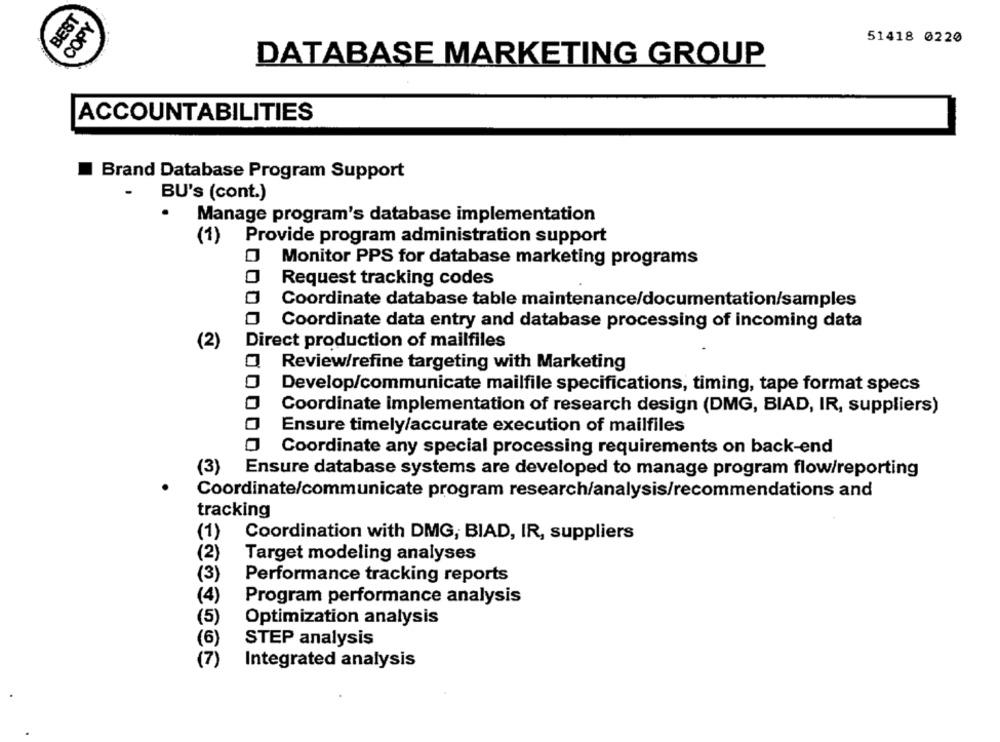
BEST
COPY
51418 0220
DATABASE MARKETING GROUP
ACCOUNTABILITIES
Brand Database Program Support
-
BU's (cont.)
.
Manage program's database implementation
(1)
Provide program administration support
Monitor PPS for database marketing programs
Request tracking codes
Coordinate database table maintenance/documentation/samples
Coordinate data entry and database processing of incoming data
(2)
Direct production of mailfiles
Review/refine targeting with Marketing
Develop/communicate mailfile specifications, timing, tape format specs
Coordinate implementation of research design (DMG, BIAD, IR, suppliers)
Ensure timely/accurate execution of mailfiles
Coordinate any special processing requirements on back-end
(3) Ensure database systems are developed to manage program flow/reporting
Coordinate/communicate program research/analysis/recommendations and
tracking
(1)
Coordination with DMG, BIAD, IR, suppliers
(2)
Target modeling analyses
(3)
Performance tracking reports
(4)
Program performance analysis
(5)
Optimization analysis
(6)
STEP analysis
(7 )
Integrated analysis